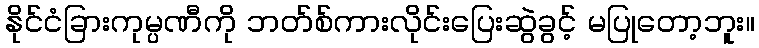
နိုင်ငံခြားကုမ္ပဏီကို ဘတ်စ်ကားလိုင်းပြေးဆွဲခွင့် မပြုတော့ဘူး။